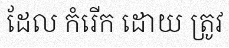
ដែល កំរើក ដោយ ត្រូវ